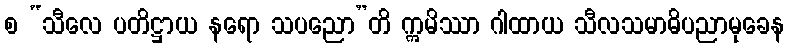
စ “သီလေ ပတိဋ္ဌာယ နရော သပညော”တိ ဣမိဿာ ဂါထာယ သီလသမာဓိပညာမုခေန